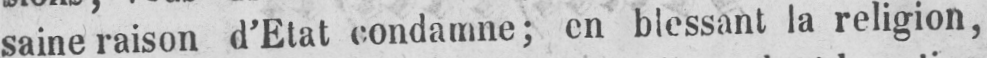
saine raison d’Etat condamne; en blessant la religion,